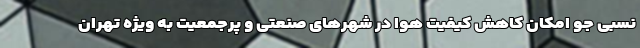
نسبی جو امکان کاهش کیفیت هوا در شهرهای صنعتی و پرجمعیت به ویژه تهران